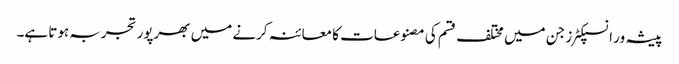
پیشہ ور انسپکٹرز جن میں مختلف قسم کی مصنوعات کا معائنہ کرنے میں بھرپور تجربہ ہوتا ہے۔